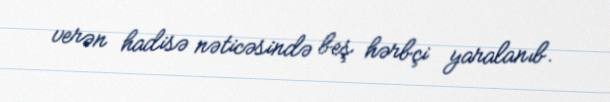
verən hadisə nəticəsində beş hərbçi yaralanıb.